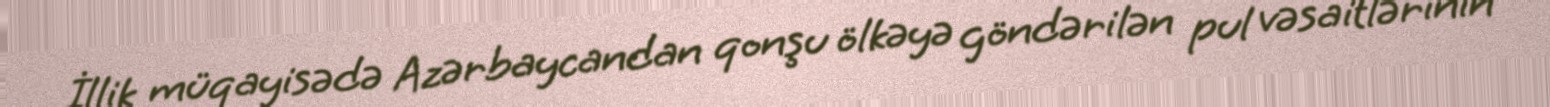
İllik müqayisədə Azərbaycandan qonşu ölkəyə göndərilən pul vəsaitlərinin